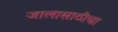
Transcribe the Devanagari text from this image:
जालासाठीचा